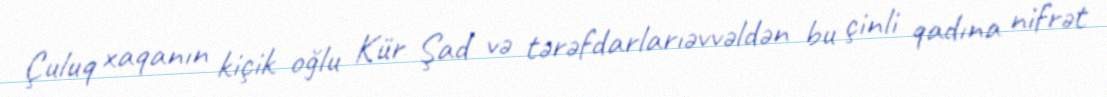
Çuluq xaqanın kiçik oğlu Kür Şad və tərəfdarlarıəvvəldən bu çinli qadına nifrət